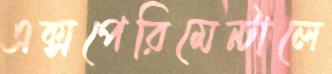
এক্সপেরিমেন্টালে